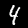
Digit: 4